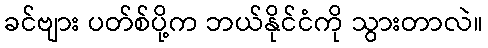
ခင်ဗျား ပတ်စ်ပို့က ဘယ်နိုင်ငံကို သွားတာလဲ။